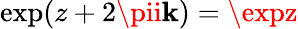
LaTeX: \exp(z+2\pii\mathbf{k})=\expz